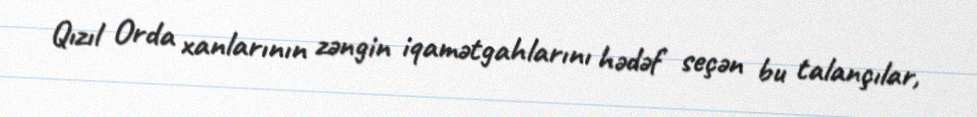
Qızıl Orda xanlarının zəngin iqamətgahlarını hədəf seçən bu talançılar,